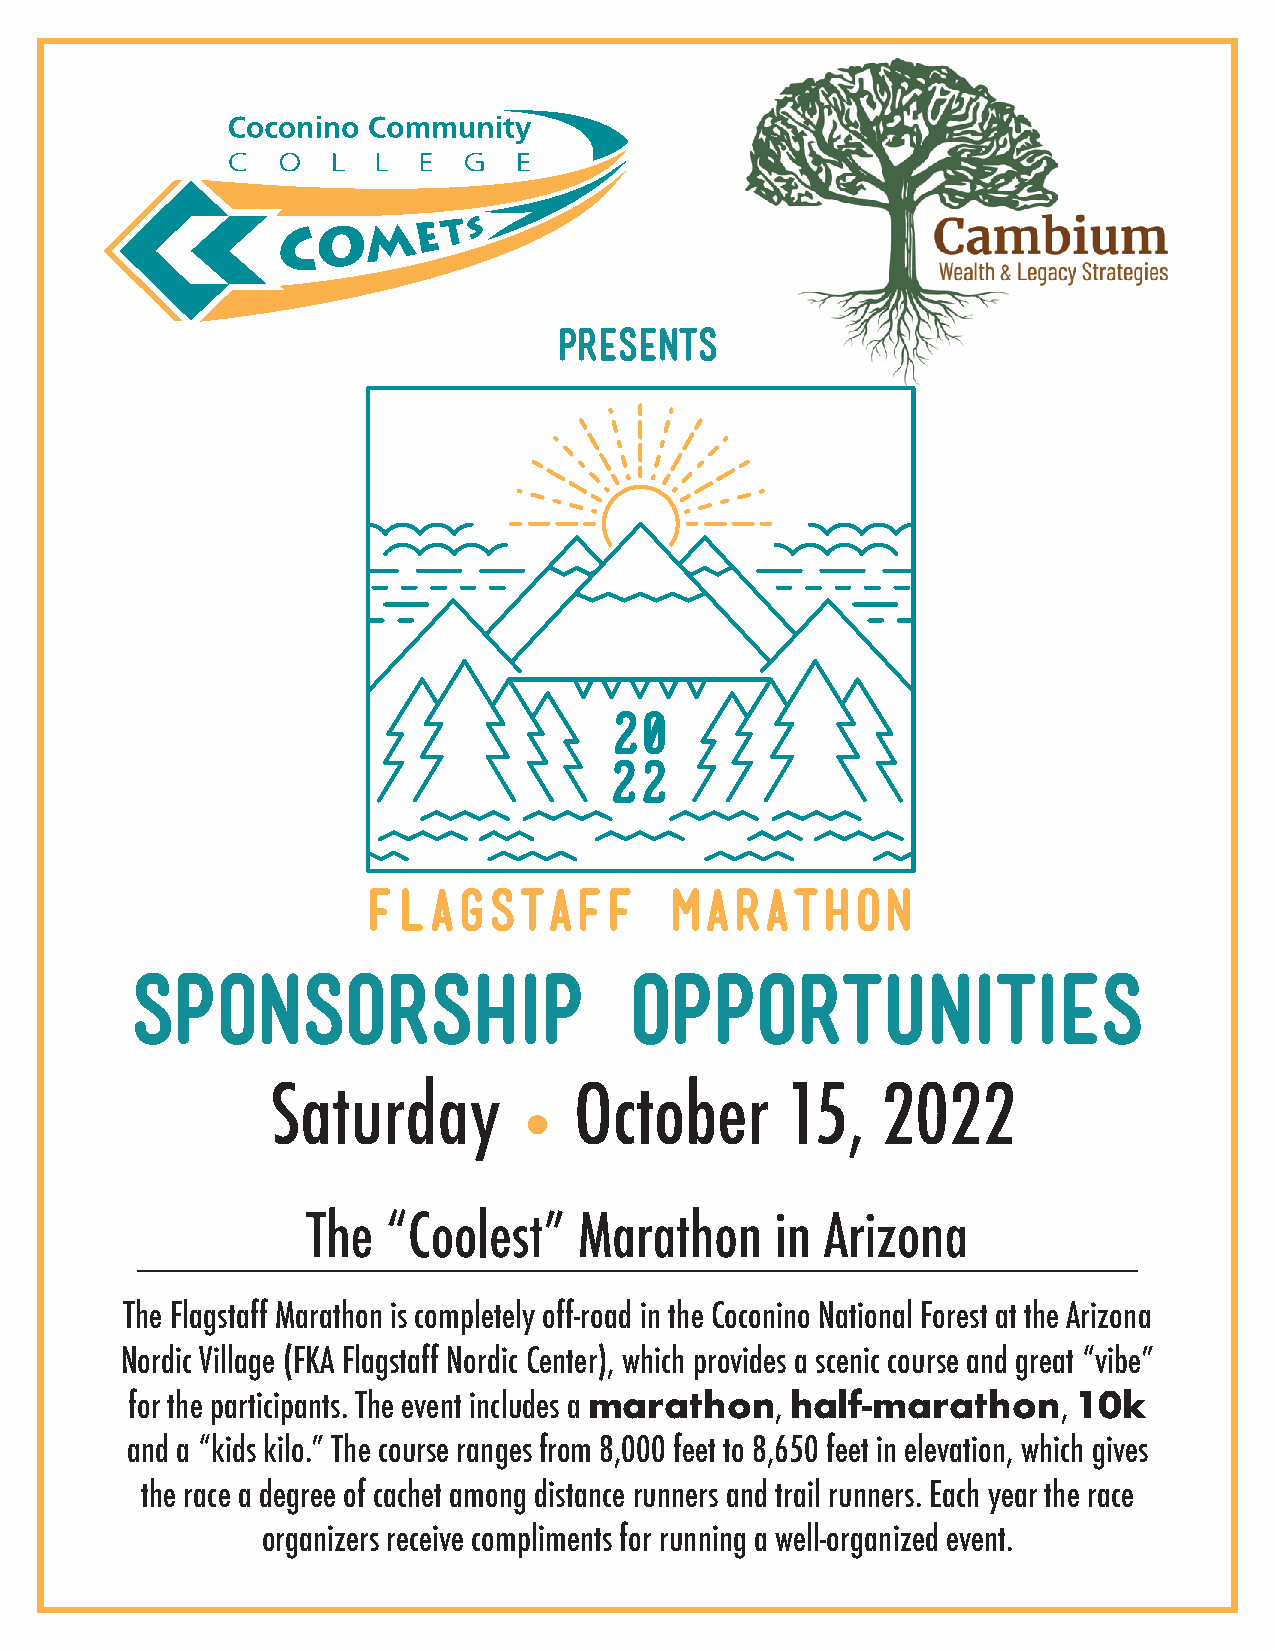
PRESENTS
 SPONSORSHIP                      OPPORTUNITIES
 Saturday            October       15,   2022
 l
 The   “Coolest”   Marathon     in  Arizona
 The Flagstaff Marathon is completely off-road in the Coconino National Forest at the Arizona
 Nordic Village (FKA Flagstaff Nordic Center), which provides a scenic course and great “vibe”
 for the participants. The event includes a marathon, half-marathon, 10k
 and a “kids kilo.” The course ranges from 8,000 feet to 8,650 feet in elevation, which gives
 the race a degree of cachet among distance runners and trail runners. Each year the race
 organizers receive compliments for running a well-organized event.